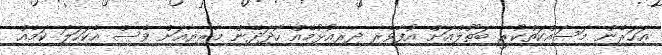
އަހަރެން މަސައްކަތްކުރީ ބަތޫލްއަށް އުފާވެރި ދިރިއުޅުމެއް ހޯދަދޭން މާރިޔާއަށް ވެސް އެކަހަލަ ކަމެއް